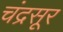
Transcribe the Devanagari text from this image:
चंद्रसूर